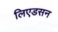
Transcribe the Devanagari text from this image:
लिएडसन